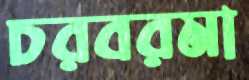
চরবরমা